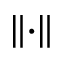
\left\lVert \cdot \right\rVert